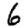
Digit: 6